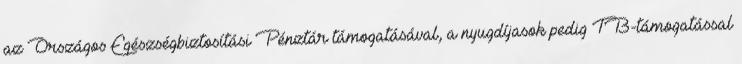
az Országos Egészségbiztosítási Pénztár támogatásával, a nyugdíjasok pedig TB-támogatással